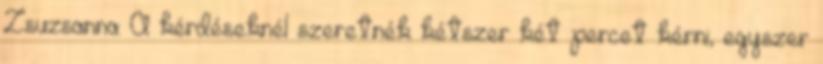
Zsuzsanna: A kérdéseknél szeretnék kétszer két percet kérni, egyszer